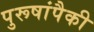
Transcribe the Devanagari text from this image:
पुरूषांपैकी